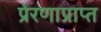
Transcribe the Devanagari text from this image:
प्रेरणाप्राप्त